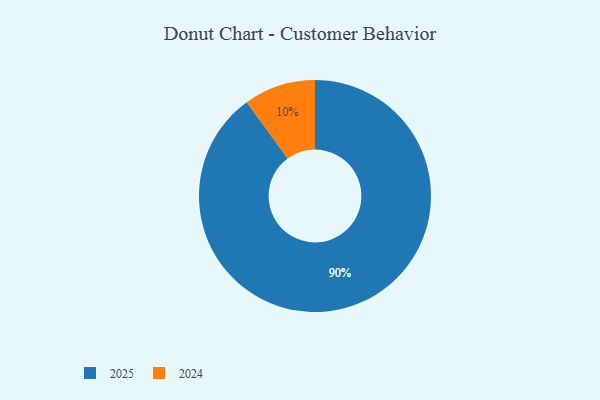
{"axis": {"x": "Category", "y": "Percentage"}, "legend": ["2024", "2025"], "data": [{"x": "2024", "y": 10, "type": "2024"}, {"x": "2025", "y": 90, "type": "2025"}]}